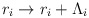
\begin{align*}r_i \rightarrow r_i + \Lambda_i\end{align*}